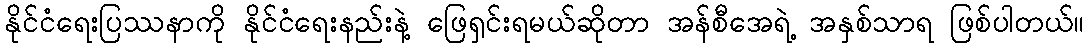
နိုင်ငံရေးပြဿနာကို နိုင်ငံရေးနည်းနဲ့ ဖြေရှင်းရမယ်ဆိုတာ အန်စီအေရဲ့ အနှစ်သာရ ဖြစ်ပါတယ်။